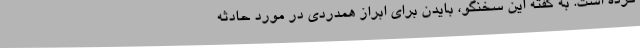
کرده است. به گفته این سخنگو، بایدن برای ابراز همدردی در مورد حادثه